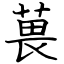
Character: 葨